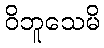
ဝိဘူသေမိ